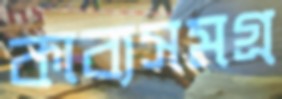
কাব্যসমগ্র